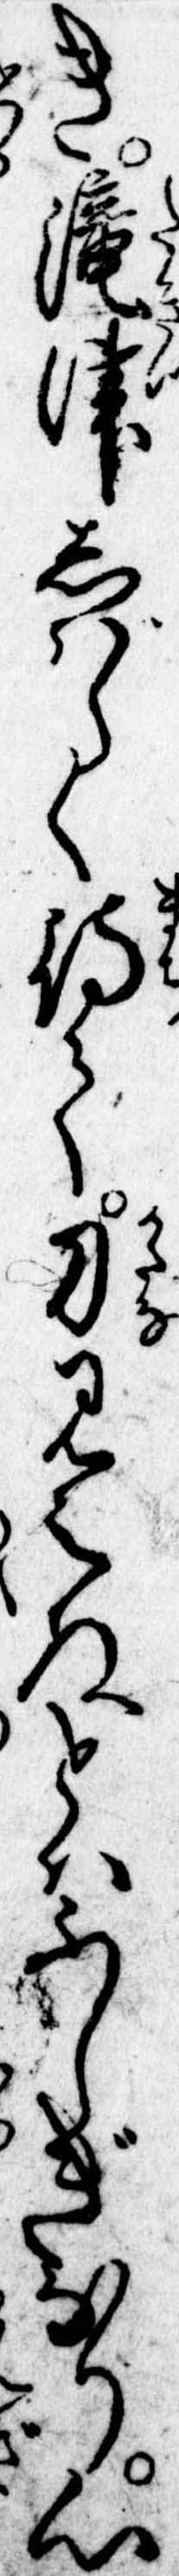
き滝津しばらく待て刀見えぬとはふしぎなり心